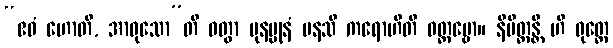
“ဧဝံ ဟောတိ, အာဝုသော”တိ ဝတွာ ပုနပ္ပုနံ မနသိ ကရောဟီတိ ဝတ္တဗ္ဗော။ နိမိတ္တန္တိ ဟိ ဝုတ္တေ